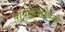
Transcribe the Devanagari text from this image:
बायोरीमैडियेशन